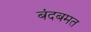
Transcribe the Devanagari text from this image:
बंदबमत